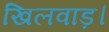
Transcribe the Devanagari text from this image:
खिलवाड़।